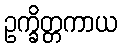
ဥက္ခိတ္တကာယ